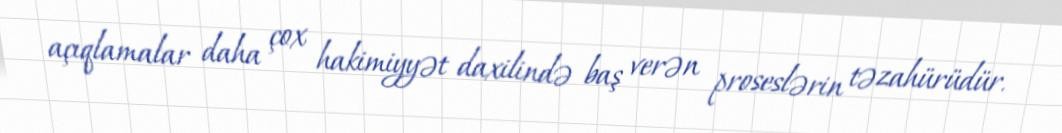
açıqlamalar daha çox hakimiyyət daxilində baş verən proseslərin təzahürüdür.